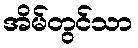
အိမ်တွင်သာ